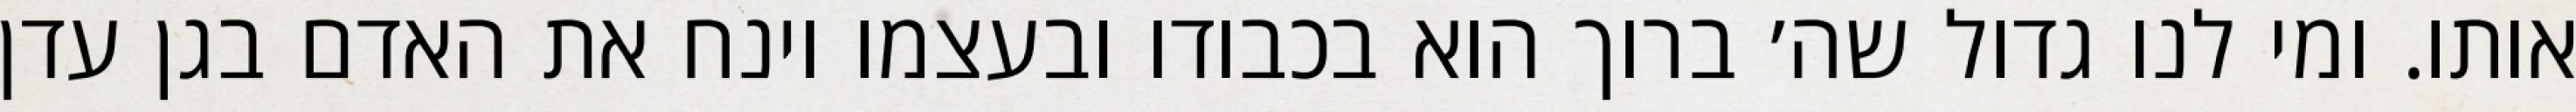
אותו. ומי לנו גדול שה׳ ברוך הוא בכבודו ובעצמו וינח את האדם בגן עדן